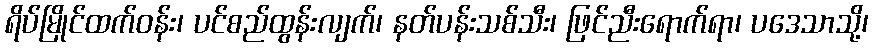
ရိပ်မြိုင်ထက်ဝန်း၊ ပင်စည်ထွန်းလျက်၊ နတ်ပန်းသစ်သီး၊ ဖြင်ညီးရောက်ရာ၊ ပဒေသာသို့၊